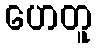
ဟေတူ